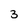
Character: 3